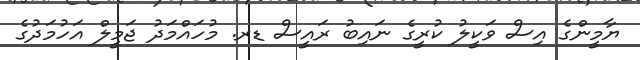
ޔާމީންގެ އިސް ވަކީލު ކުރީގެ ނައިބު ރައީސް ޑރ. މުހައްމަދު ޖަމީލް އަހުމަދުގެ